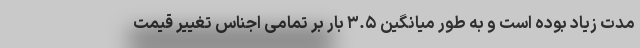
مدت زیاد بوده است و به طور میانگین ۳.۵ بار بر تمامی اجناس تغییر قیمت